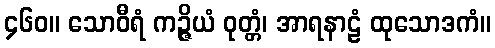
၄၆၀။ သောဝီရံ ကဉ္ဇိယံ ဝုတ္တံ၊ အာရနာဠံ ထုသောဒကံ။